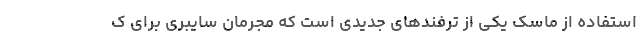
استفاده از ماسک یکی از ترفندهای جدیدی است که مجرمان سایبری برای ک